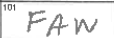
Transcription: FAW